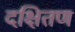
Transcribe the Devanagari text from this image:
दक्षितण